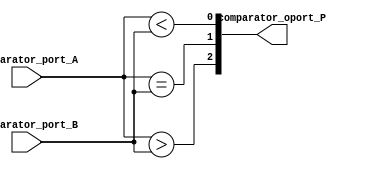
`timescale 1ns / 1ps
//////////////////////////////////////////////////////////////////////////////////
// Company: 
// Engineer: 
// 
// Design Name: 
// Module Name: comparator
// Project Name: 
// Target Devices: 
// Tool Versions: 
// Description: 
// 
// Dependencies: 
// 
// Revision:
// Revision 0.01 - File Created
// Additional Comments:
// 
//////////////////////////////////////////////////////////////////////////////////


module comparator(
    input [3:0] comparator_port_A,
    input [3:0] comparator_port_B,
    output [2:0] comparator_oport_P
    );
    
    assign comparator_oport_P[0] = comparator_port_A < comparator_port_B;
    assign comparator_oport_P[1] = comparator_port_A == comparator_port_B;
    assign comparator_oport_P[2] = comparator_port_A > comparator_port_B;
endmodule